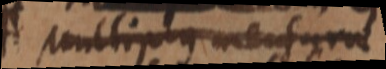
multiplo mensurae